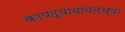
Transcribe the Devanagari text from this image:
कायद्याबाबतच्या